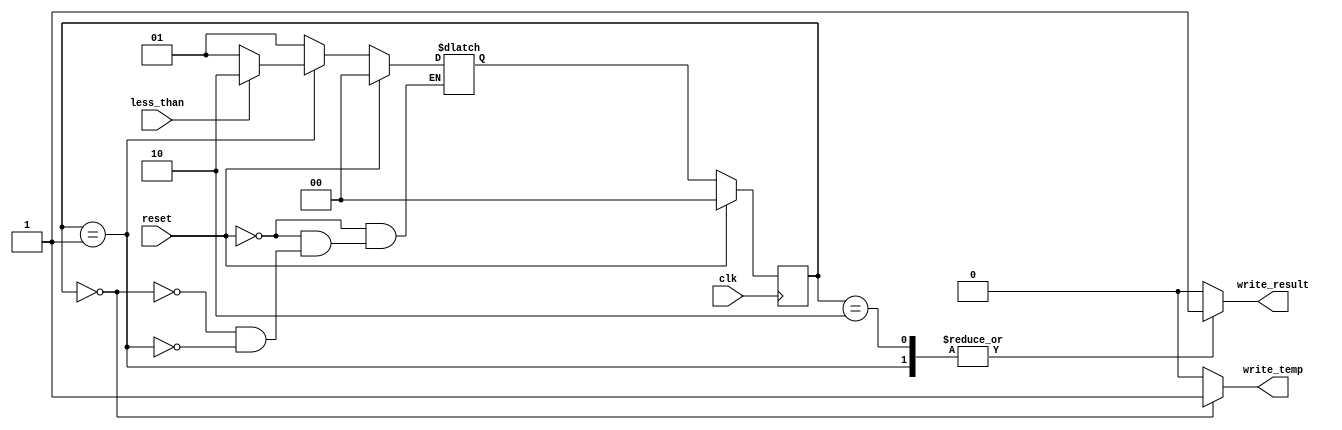
module mod_cu (
	input clk,
	input reset,
	input less_than, 
	output reg write_temp, 
	output reg write_result
);

reg [1:0] curr_state, next_state;

localparam 	START 	= 2'b00,
				SUB		= 2'b01,
				END 		= 2'b10;
				
// state register
always @ (posedge clk) begin
	if(reset)
		curr_state <= START;
	else
		curr_state <= next_state;
end


// next_state register
always @ (*) begin
	if(!reset) begin
		case (curr_state)
			START:  next_state = SUB;
			SUB: begin
					if (less_than)
						next_state = END;
					else
						next_state = SUB;
			end
			END:	begin
					end
		endcase
	end
	else begin
		next_state = START; // Default case
	end
end



// output 
always @ (*) begin
	case (curr_state)
		START: 	begin
						write_temp = 1'b1;
						write_result = 1'b0;
					end
		SUB:	   begin
						write_temp = 1'b0;
						write_result = 1'b1;
					end
		
		END: 		begin
						write_temp = 1'b0;
						write_result = 1'b1;
					end
		default: begin
						write_temp = 1'b0;
						write_result = 1'b0;
					end
	endcase
end
	
endmodule